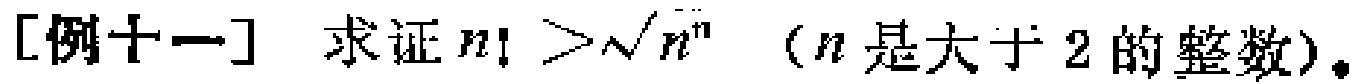
[例十一] 求证 \(n!>\sqrt{n^{n}}\)（\(n\)是大于 \(2\) 的整数）。